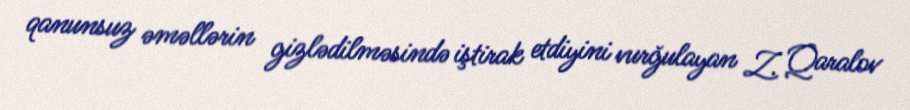
qanunsuz əməllərin gizlədilməsində iştirak etdiyini vurğulayan Z. Qaralov